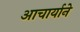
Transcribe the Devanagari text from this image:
आचार्याने